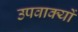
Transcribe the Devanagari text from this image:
उपवाक्यों